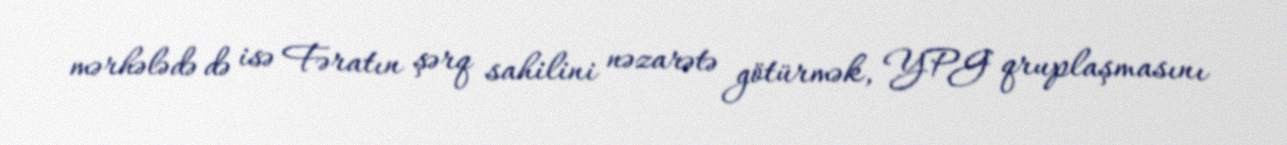
mərhələdə də isə Fəratın şərq sahilini nəzarətə götürmək, YPG qruplaşmasını